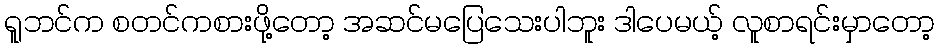
ရူဘင်က စတင်ကစားဖို့တော့ အဆင်မပြေသေးပါဘူး ဒါပေမယ့် လူစာရင်းမှာတော့